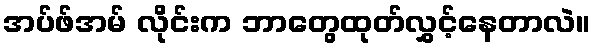
အပ်ဖ်အမ် လိုင်းက ဘာတွေထုတ်လွှင့်နေတာလဲ။